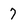
Character: 7